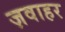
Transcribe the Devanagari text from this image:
ज़वाहर